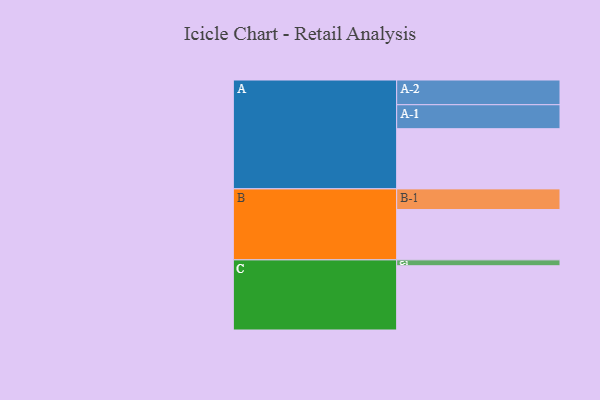
{"axis": {"x": "Segment", "y": "Value"}, "legend": ["", "A", "B", "C"], "data": [{"x": "A", "y": 562, "type": ""}, {"x": "B", "y": 470, "type": ""}, {"x": "C", "y": 600, "type": ""}, {"x": "A-1", "y": 224, "type": "A"}, {"x": "A-2", "y": 231, "type": "A"}, {"x": "B-1", "y": 193, "type": "B"}, {"x": "C-1", "y": 55, "type": "C"}]}